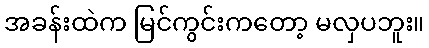
အခန်းထဲက မြင်ကွင်းကတော့ မလှပဘူး။